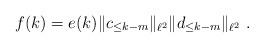
LaTeX: \begin{align*} f(k) = e(k) \| c_{\leq k-m}\|_{\ell^2} \| d_{\leq k-m}\|_{\ell^2} \ .\end{align*}